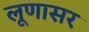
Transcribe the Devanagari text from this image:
लूणासर